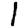
Digit: 1